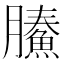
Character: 𩹙